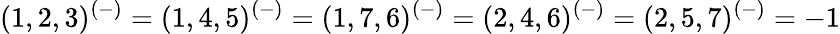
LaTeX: (1,2,3)^{(-)}=(1,4,5)^{(-)}=(1,7,6)^{(-)}=(2,4,6)^{(-)}=(2,5,7)^{(-)}=-1